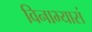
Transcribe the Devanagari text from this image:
विनाभ्यासं